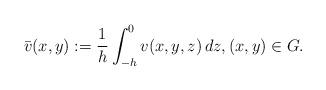
LaTeX: \begin{align*} \bar v(x,y) := \frac1h\int_{-h}^0 v(x,y,z)\,dz, (x,y) \in G.\end{align*}